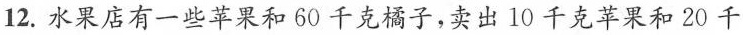
12.水果店有一些苹果和60千克橘子，卖出10千克苹果和20千